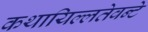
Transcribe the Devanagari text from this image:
कथायिल्‍लतेवन्‍टे